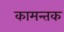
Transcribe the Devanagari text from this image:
कामन्तक